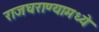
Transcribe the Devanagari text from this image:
राजघराण्यामध्ये